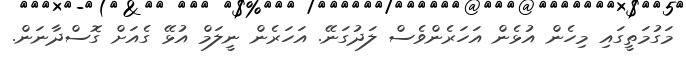
މަގުމަތީގައި މިހެން އުޅެން އަހަރެންވެސް ލަދުގަނޭ. އަހަރެން ނީލަމް އުޅޭ ގެއަށް ގޮސްދާނަން.